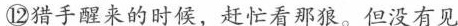
⑫猎手醒来的时候，赶忙看那狼。但没有见